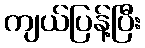
ကျယ်ပြန့်ပြီး